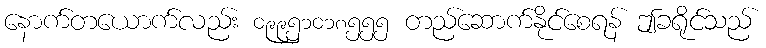
နောက်တယောက်လည်း ၀၉၉၅၁၀၁၈၅၅၅ တည်ဆောက်နိုင်စေရန် ဤခရိုင်သည်